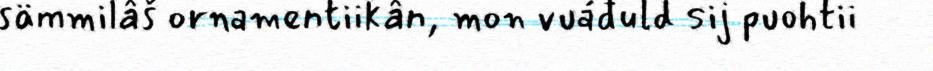
sämmilâš ornamentiikân, mon vuáđuld sij puohtii